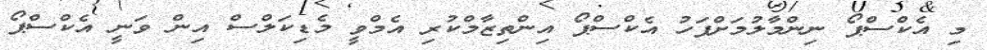
މި އެކްސްޕޯ ނިންމާލުމަށްފަހު އެކްސްޕޯ އިންތިޒާމްކުރި އެމްވީ މެޑިކަލްސް އިން ވަނީ އެކްސްޕޯ